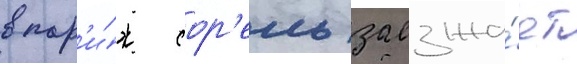
в пар'и́ж сор'ель заезжа́ет